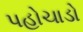
પહોચાડો